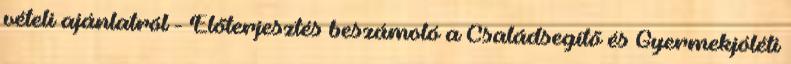
vételi ajánlatról - Előterjesztés beszámoló a Családsegítő és Gyermekjóléti